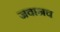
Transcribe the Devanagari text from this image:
जवानच